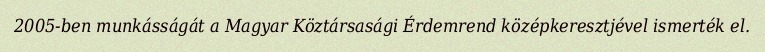
2005-ben munkásságát a Magyar Köztársasági Érdemrend középkeresztjével ismerték el.